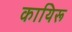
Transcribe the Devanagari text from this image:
कायिरू